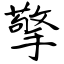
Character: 擎